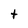
Character: t